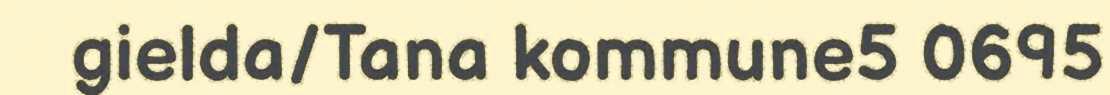
gielda/Tana kommune5 0695